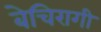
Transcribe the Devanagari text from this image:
बेचिरागी